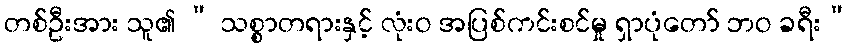
တစ်ဦးအား သူ၏ “ သစ္စာတရားနှင့် လုံးဝ အပြစ်ကင်းစင်မှု ရှာပုံတော် ဘဝ ခရီး”